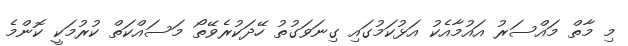
މި މާތް މައްސަރު އައުމާއެކު އަޅުކަމުގައި ގިނަވަގުތު ހޭދަކުރެވޭތޯ މަސައްކަތް ކުރުމަކީ ކޮންމެ